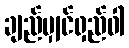
ချည်မျှင်ရှည်ဝါ